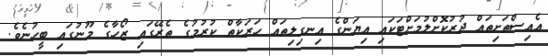
އެއިސްތަށިތައް ދުރުކޮށްލުމަށްޓަކައި އިޔަންގެ އިނގިލިތައް ހަރަކާތް ކުރުމުގެ ތެރޭގައި ޒޯހާގެ މޫނުގައި ބީހުނެވެ.